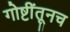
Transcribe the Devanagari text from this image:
गोष्टींतूनच